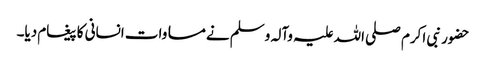
حضور نبی اکرم صلی اللہ علیہ وآلہ وسلم نے مساوات انسانی کا پیغام دیا۔